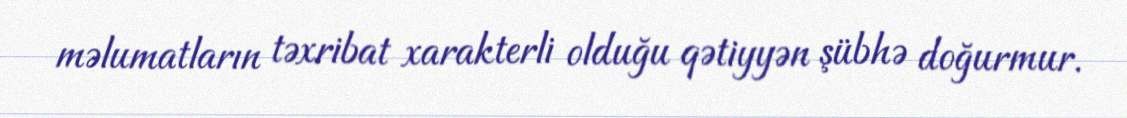
məlumatların təxribat xarakterli olduğu qətiyyən şübhə doğurmur.